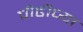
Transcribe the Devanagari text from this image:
पीढीच्या